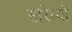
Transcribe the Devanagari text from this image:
सरिय्यों